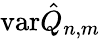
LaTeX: \mathrm{var}\hat{Q}_{n,m}